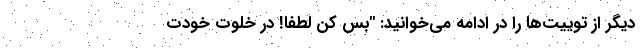
دیگر از توییت‌ها را در ادامه می‌خوانید: "بس کن لطفاً! در خلوت خودت